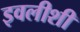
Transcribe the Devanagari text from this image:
इवलीशी